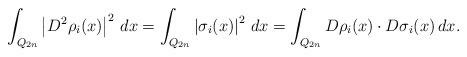
LaTeX: \begin{align*} \int_{Q_{2n}} \left| D^2 \rho_i(x) \right|^2\,dx = \int_{Q_{2n}} \left| \sigma_i(x)\right|^2\,dx = \int_{Q_{2n}} D \rho_i(x) \cdot D \sigma_i(x)\,dx.\end{align*}